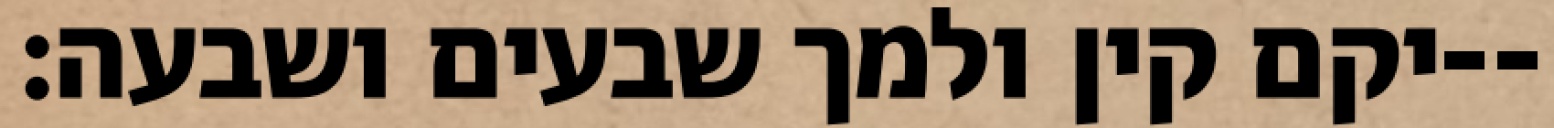
יקם קין ולמך שבעים ושבעה׃--